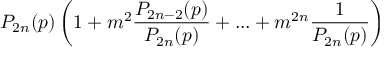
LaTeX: P _ { 2 n } ( p ) \left( 1 + m ^ { 2 } \frac { P _ { 2 n - 2 } ( p ) } { P _ { 2 n } ( p ) } + . . . + m ^ { 2 n } \frac { 1 } { P _ { 2 n } ( p ) } \right)